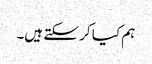
ہم کیا کر سکتے ہیں۔